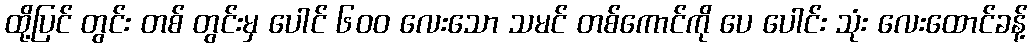
ထို့ပြင် တွင်း တစ် တွင်းမှ ပေါင် ၆၀၀ လေးသော သမင် တစ်ကောင်ကို ပေ ပေါင်း သုံး လေးထောင်ခန့်